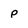
Character: p